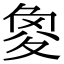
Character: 𡕫